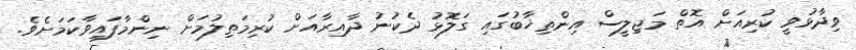
ވިދާޅުވީ ކުރިއަށް އޮތް މަޖިލީސް އިންތިޚާބުގައި ގަލޮޅު ދެކުނު ދާއިރާއަށް ކުރިމަތިލުމަށް ނިންމާފައިވާކަމަށެވެ.